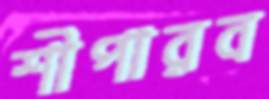
শীপারব